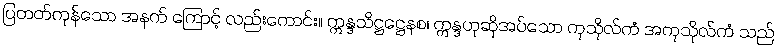
ပြတတ်ကုန်သော အနက် ကြောင့် လည်းကောင်း။ ဣန္ဒသိဋ္ဌဋ္ဌေနစ၊ ဣန္ဒဟုဆိုအပ်သော ကုသိုလ်ကံ အကုသိုလ်ကံ သည်